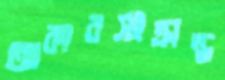
আকারসংক্রান্ত